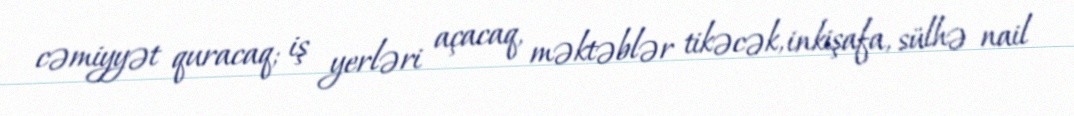
cəmiyyət quracaq; iş yerləri açacaq, məktəblər tikəcək, inkişafa, sülhə nail